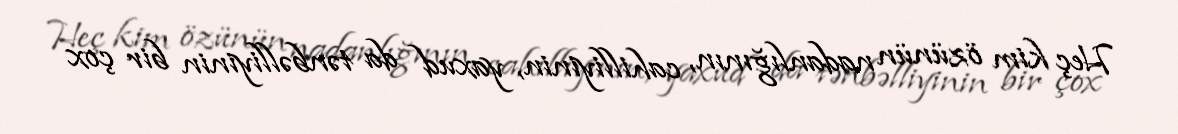
Heç kim özünün nadanlığının, cahilliyinin, yaxud da tənbəlliyinin bir çox